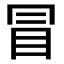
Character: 冒